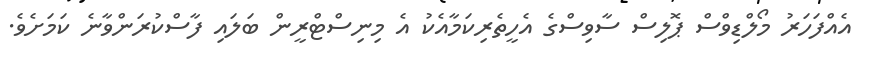
އެއްފަހަރު މޯލްޑިވްސް ޕޮލިސް ސާވިސްގެ އެހީތެރިކަމާއެކު އެ މިނިސްޓްރީން ބަލައި ފާސްކުރަންވާނެ ކަމަށެވެ.